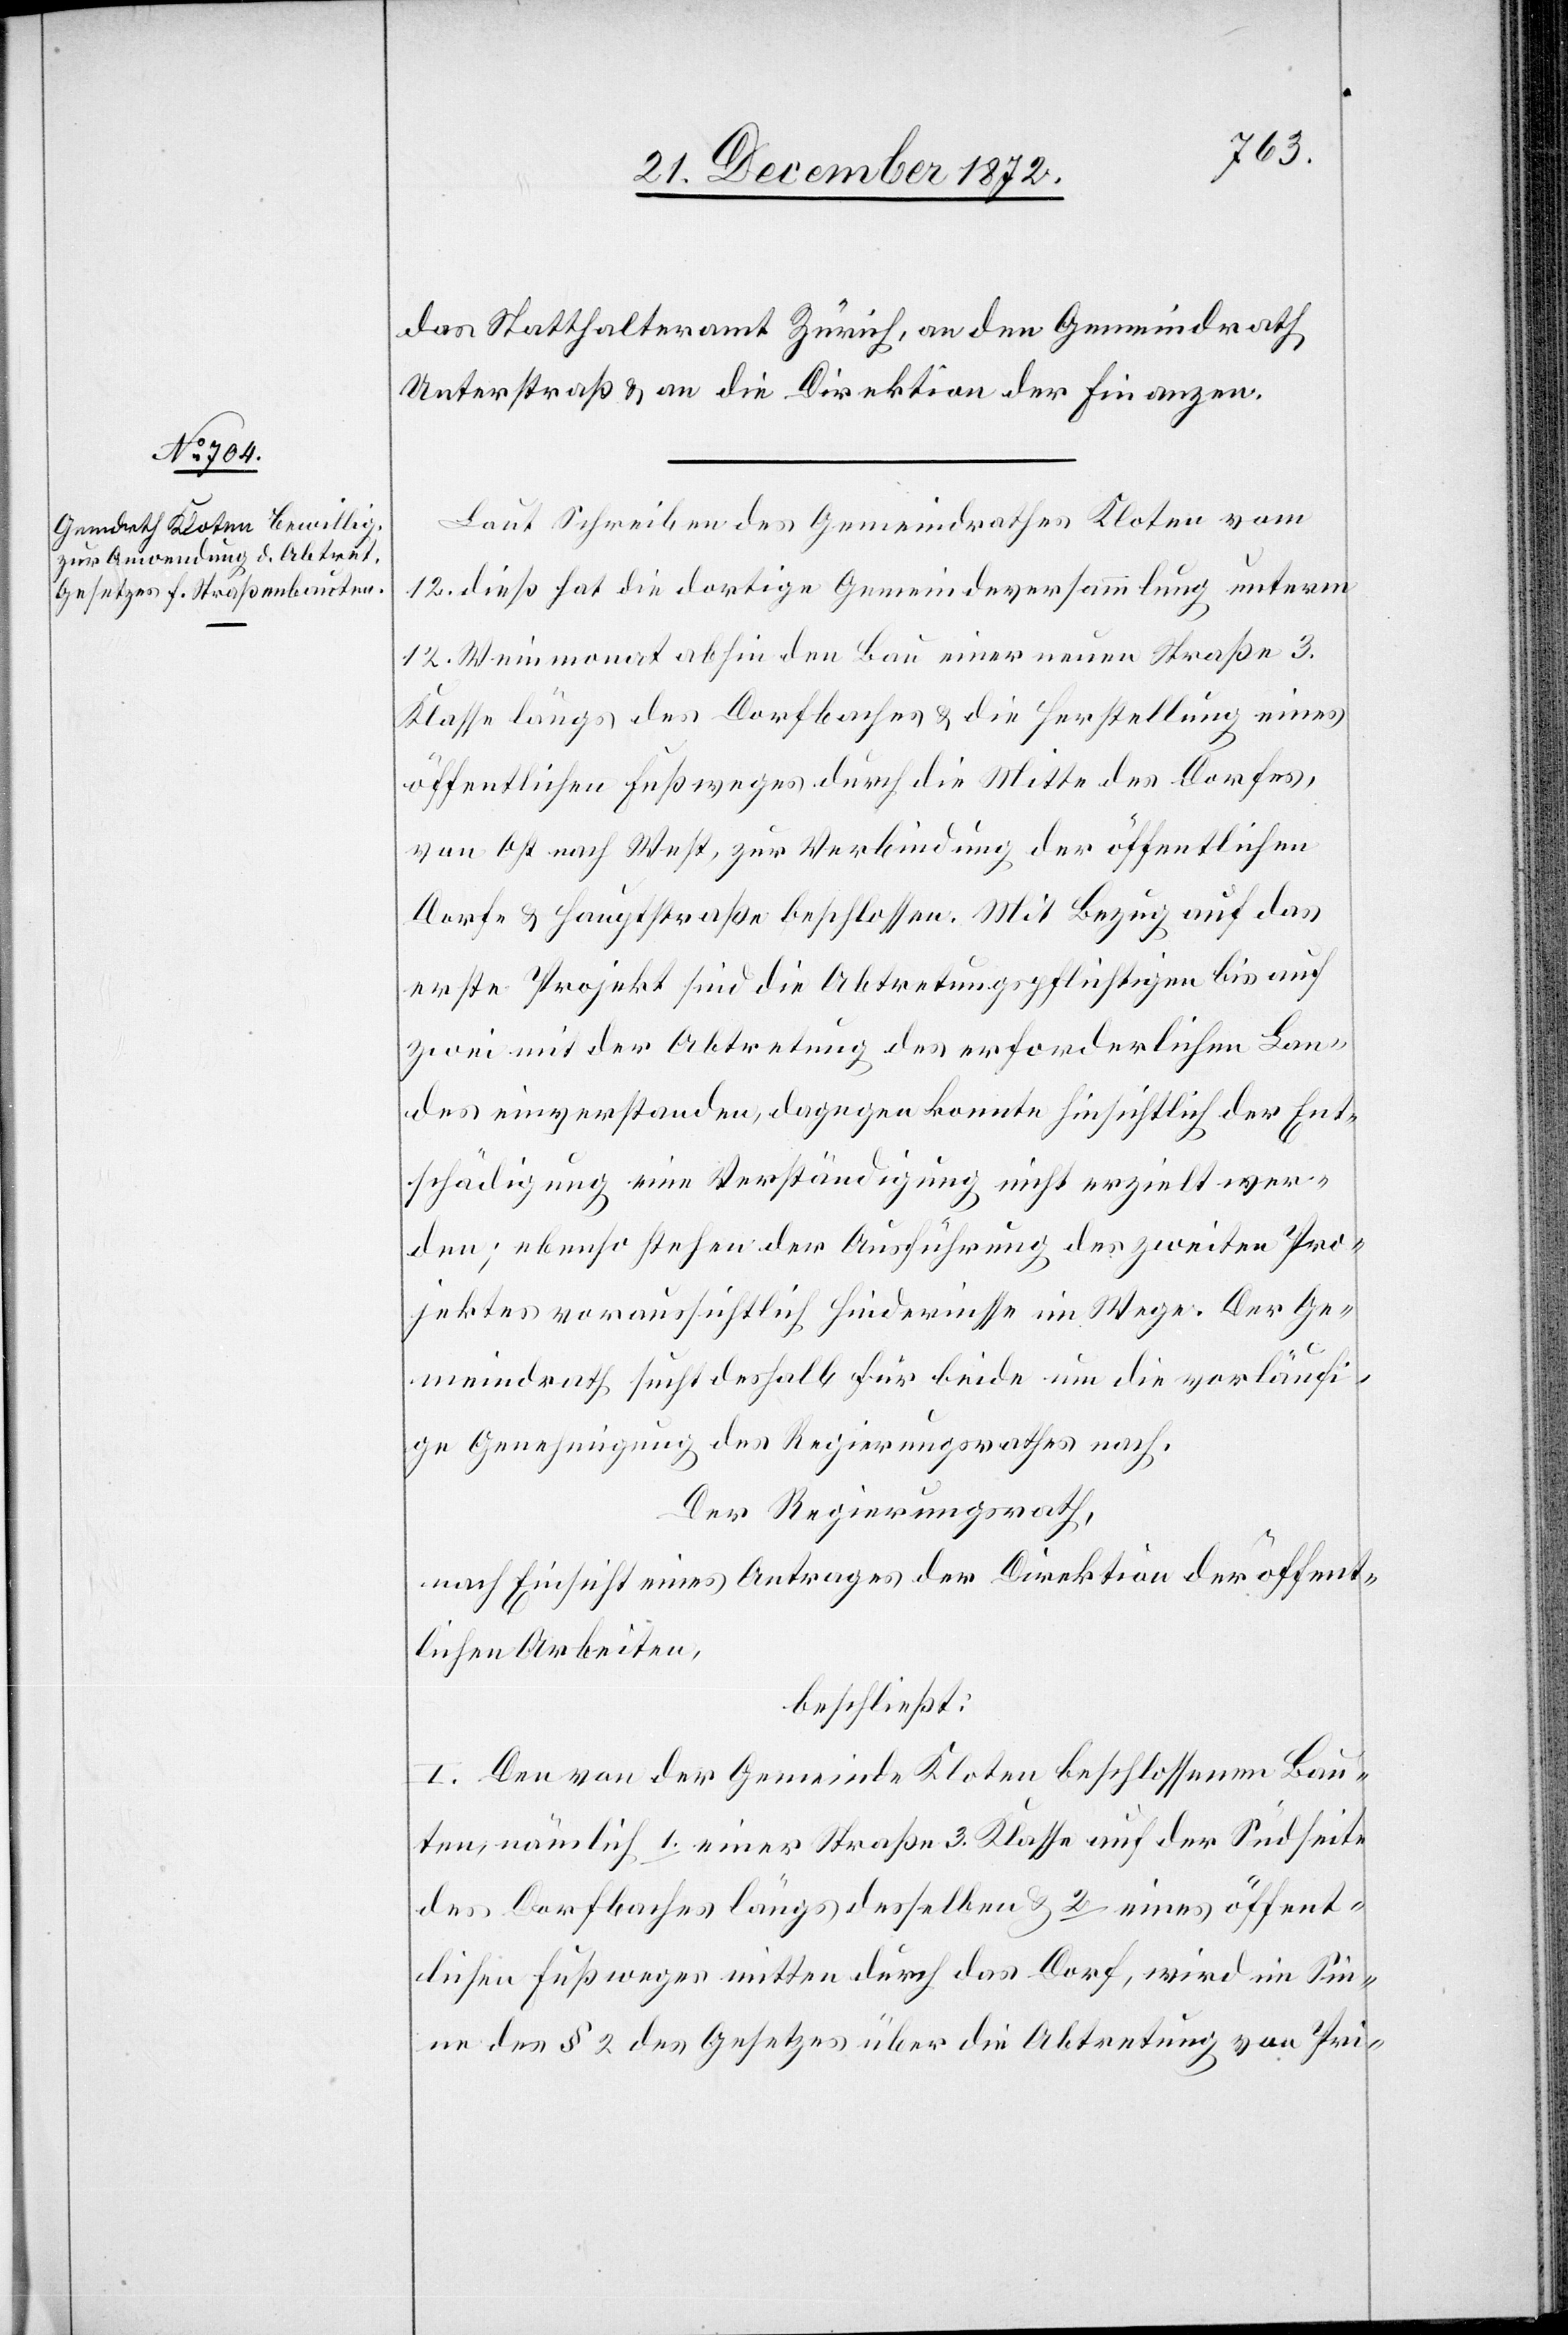
das Statthalteramt Zürich, an den Gemeindrath
Unterstraß u. an die Direktion der Finanzen.
Laut Schreiben des Gemeindrathes Kloten vom
12. dieß hat die dortige Gemeindeversammlung unterm
12. Weinmonat abhin den Bau einer neuen Straße 3.
Klasse längs des Dorfbaches u. die Herstellung eines
öffentlichen Fußweges durch die Mitte des Dorfes,
von Ost nach West, zur Verbindung der öffentlichen
Dorf- u. Hauptstraße beschlossen. Mit Bezug auf das
erste Projekt sind die Abtretungspflichtigen bis auf
zwei mit der Abtretung des erforderlichen Lan¬
des einverstanden, dagegen konnte hinsichtlich der Ent¬
schädigung eine Verständigung nicht erzielt wer¬
den; ebenso stehen der Ausführung des zweien Pro¬
jektes voraussichtlich Hindernisse im Wege. Der Ge¬
meindrath sucht deshalb für beide um die vorläufi¬
ge Genehmigung des Regierungsrathes nach.
Der Regierungsrath,
nach Einsicht eines Antrages der Direktion der öffent¬
lichen Arbeiten,
beschließt:
I. Den von der Gemeinde Kloten beschlossenen Bau¬
ten, nämlich 1. einer Straße 3. Klasse auf der Südseite
des Dorfbaches längs desselben u. 2. eines öffent¬
lichen Fußweges mitten durch das Dorf, wird im Sin¬
ne des § 2 des Gesetzes über die Abtretung von Pri-